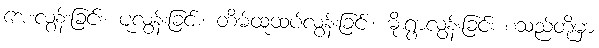
အေးလွန်းခြင်း၊ ပူလွန်းခြင်း၊ တိမ်ထူထပ်လွန်းခြင်း၊ မိုးရွာလွန်းခြင်း စသည်တို့မှာ